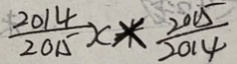
\frac { 2 0 1 4 } { 2 0 1 5 } x \times \frac { 2 0 1 5 } { 2 0 1 4 }